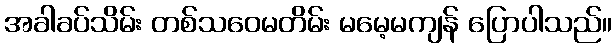
အခါခပ်သိမ်း တစ်သဝေမတိမ်း မမေ့မကျန် ပြောပါသည်။